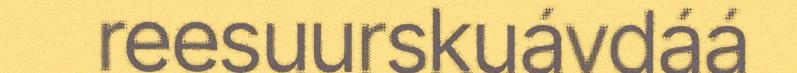
reesuurskuávdáá